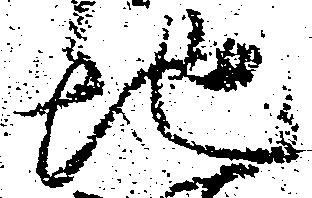
地